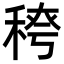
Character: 𮃈